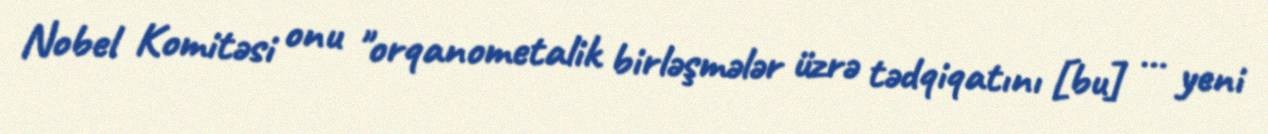
Nobel Komitəsi onu "orqanometalik birləşmələr üzrə tədqiqatını [bu] … yeni